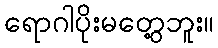
ရောဂါပိုးမတွေ့ဘူး။